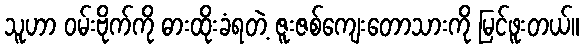
သူဟာ ဝမ်းဗိုက်ကို ဓားထိုးခံရတဲ့ ဇူးဇစ်ကျေးတောသားကို မြင်ဖူးတယ်။